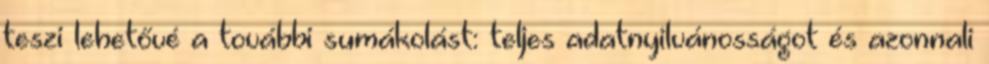
teszi lehetővé a további sumákolást: teljes adatnyilvánosságot és azonnali